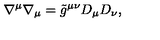
\nabla ^ { \mu } \nabla _ { \mu } = \tilde { g } ^ { \mu \nu } D _ { \mu } D _ { \nu } ,